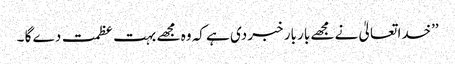
’’خدا تعالیٰ نے مجھے بار بار خبر دی ہے کہ وہ مجھے بہت عظمت دے گا ۔